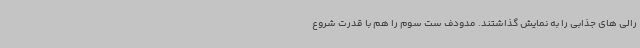
رالی های جذابی را به نمایش گذاشتند. مدودف ست سوم را هم با قدرت شروع